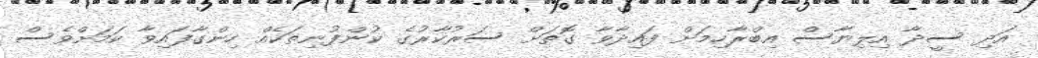
އަދި ސީދާ އިލިޔާސް އިބްރާހިމަށް ފައިދާވާ ގޮތަށް ސަރުކާރުގެ ކުންފުނިތަކެއް ހިންގާފައިވާ ކަމަށްވެސް